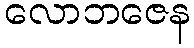
လောဘဇေန